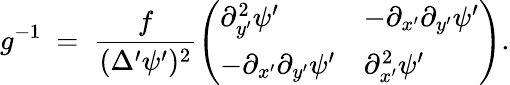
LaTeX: g^{-1}\ =\ \frac{f}{(\Delta^{\prime}\psi^{\prime})^{2}}\left(\begin{array}{ll}{\partial_{y^{\prime}}^{2}\psi^{\prime}}&{-\partial_{x^{\prime}}\partial_{y^{\prime}}\psi^{\prime}}\\ {-\partial_{x^{\prime}}\partial_{y^{\prime}}\psi^{\prime}}&{\partial_{x^{\prime}}^{2}\psi^{\prime}}\end{array}\right).